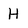
Character: H